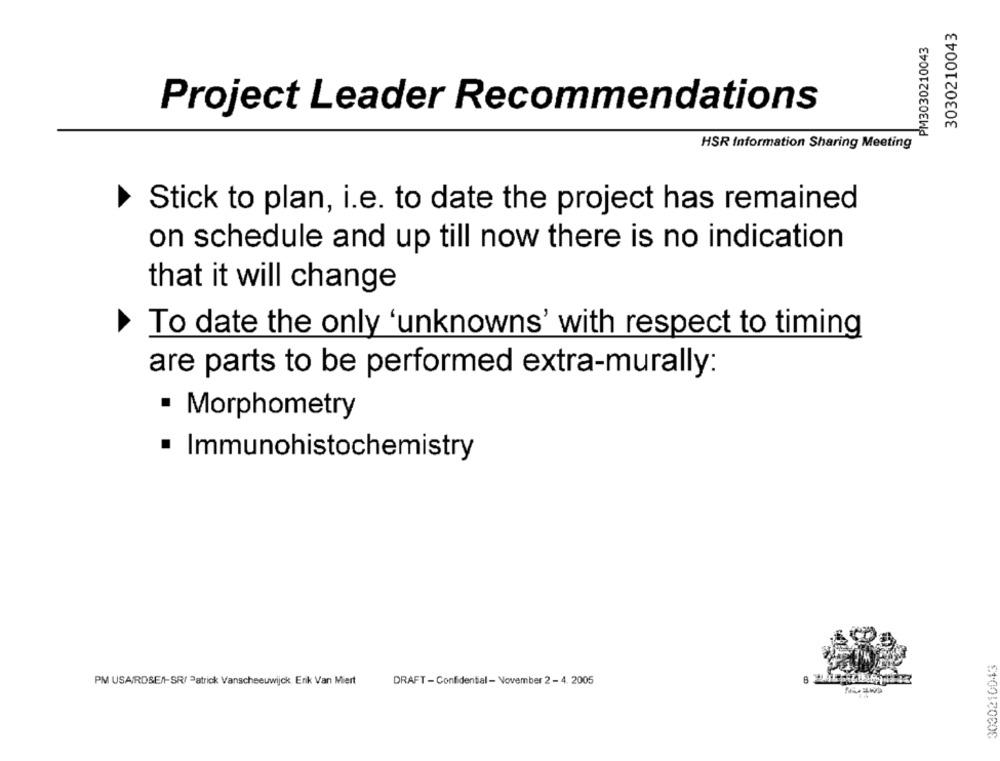
3030210043
PM3030210043
Project Leader Recommendations
HSR Information Sharing Meeting
Stick to plan, i.e. to date the project has remained
on schedule and up till now there is no indication
that it will change
To date the only 'unknowns' with respect to timing
are parts to be performed extra-murally:
· Morphometry
· Immunohistochemistry
3030210043
PM USAIRDSEN-SR/ Patrick Vanscheeuwijck Erik Van Miert
DRAFT - Confidential - November 2 - 4. 2005